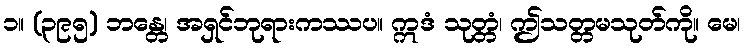
၁။ (၃၉၅) ဘန္တေ၊ အရှင်ဘုရားကဿပ။ ဣဒံ သုတ္တံ၊ ဤသတ္တမသုတ်ကို။ မေ၊